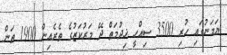
ޔަމަނުގައި ހުރި 3500 ސިއްހީ ޚިދުމަތް ދޭ މަރުކަޒުގެ ތެރެއިން 1900 ތަން